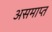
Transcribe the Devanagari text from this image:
असमाप्त